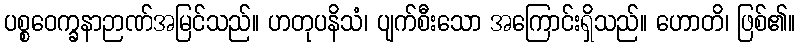
ပစ္စဝေက္ခနာဉာဏ်အမြင်သည်။ ဟတုပနိသံ၊ ပျက်စီးသော အကြောင်းရှိသည်။ ဟောတိ၊ ဖြစ်၏။